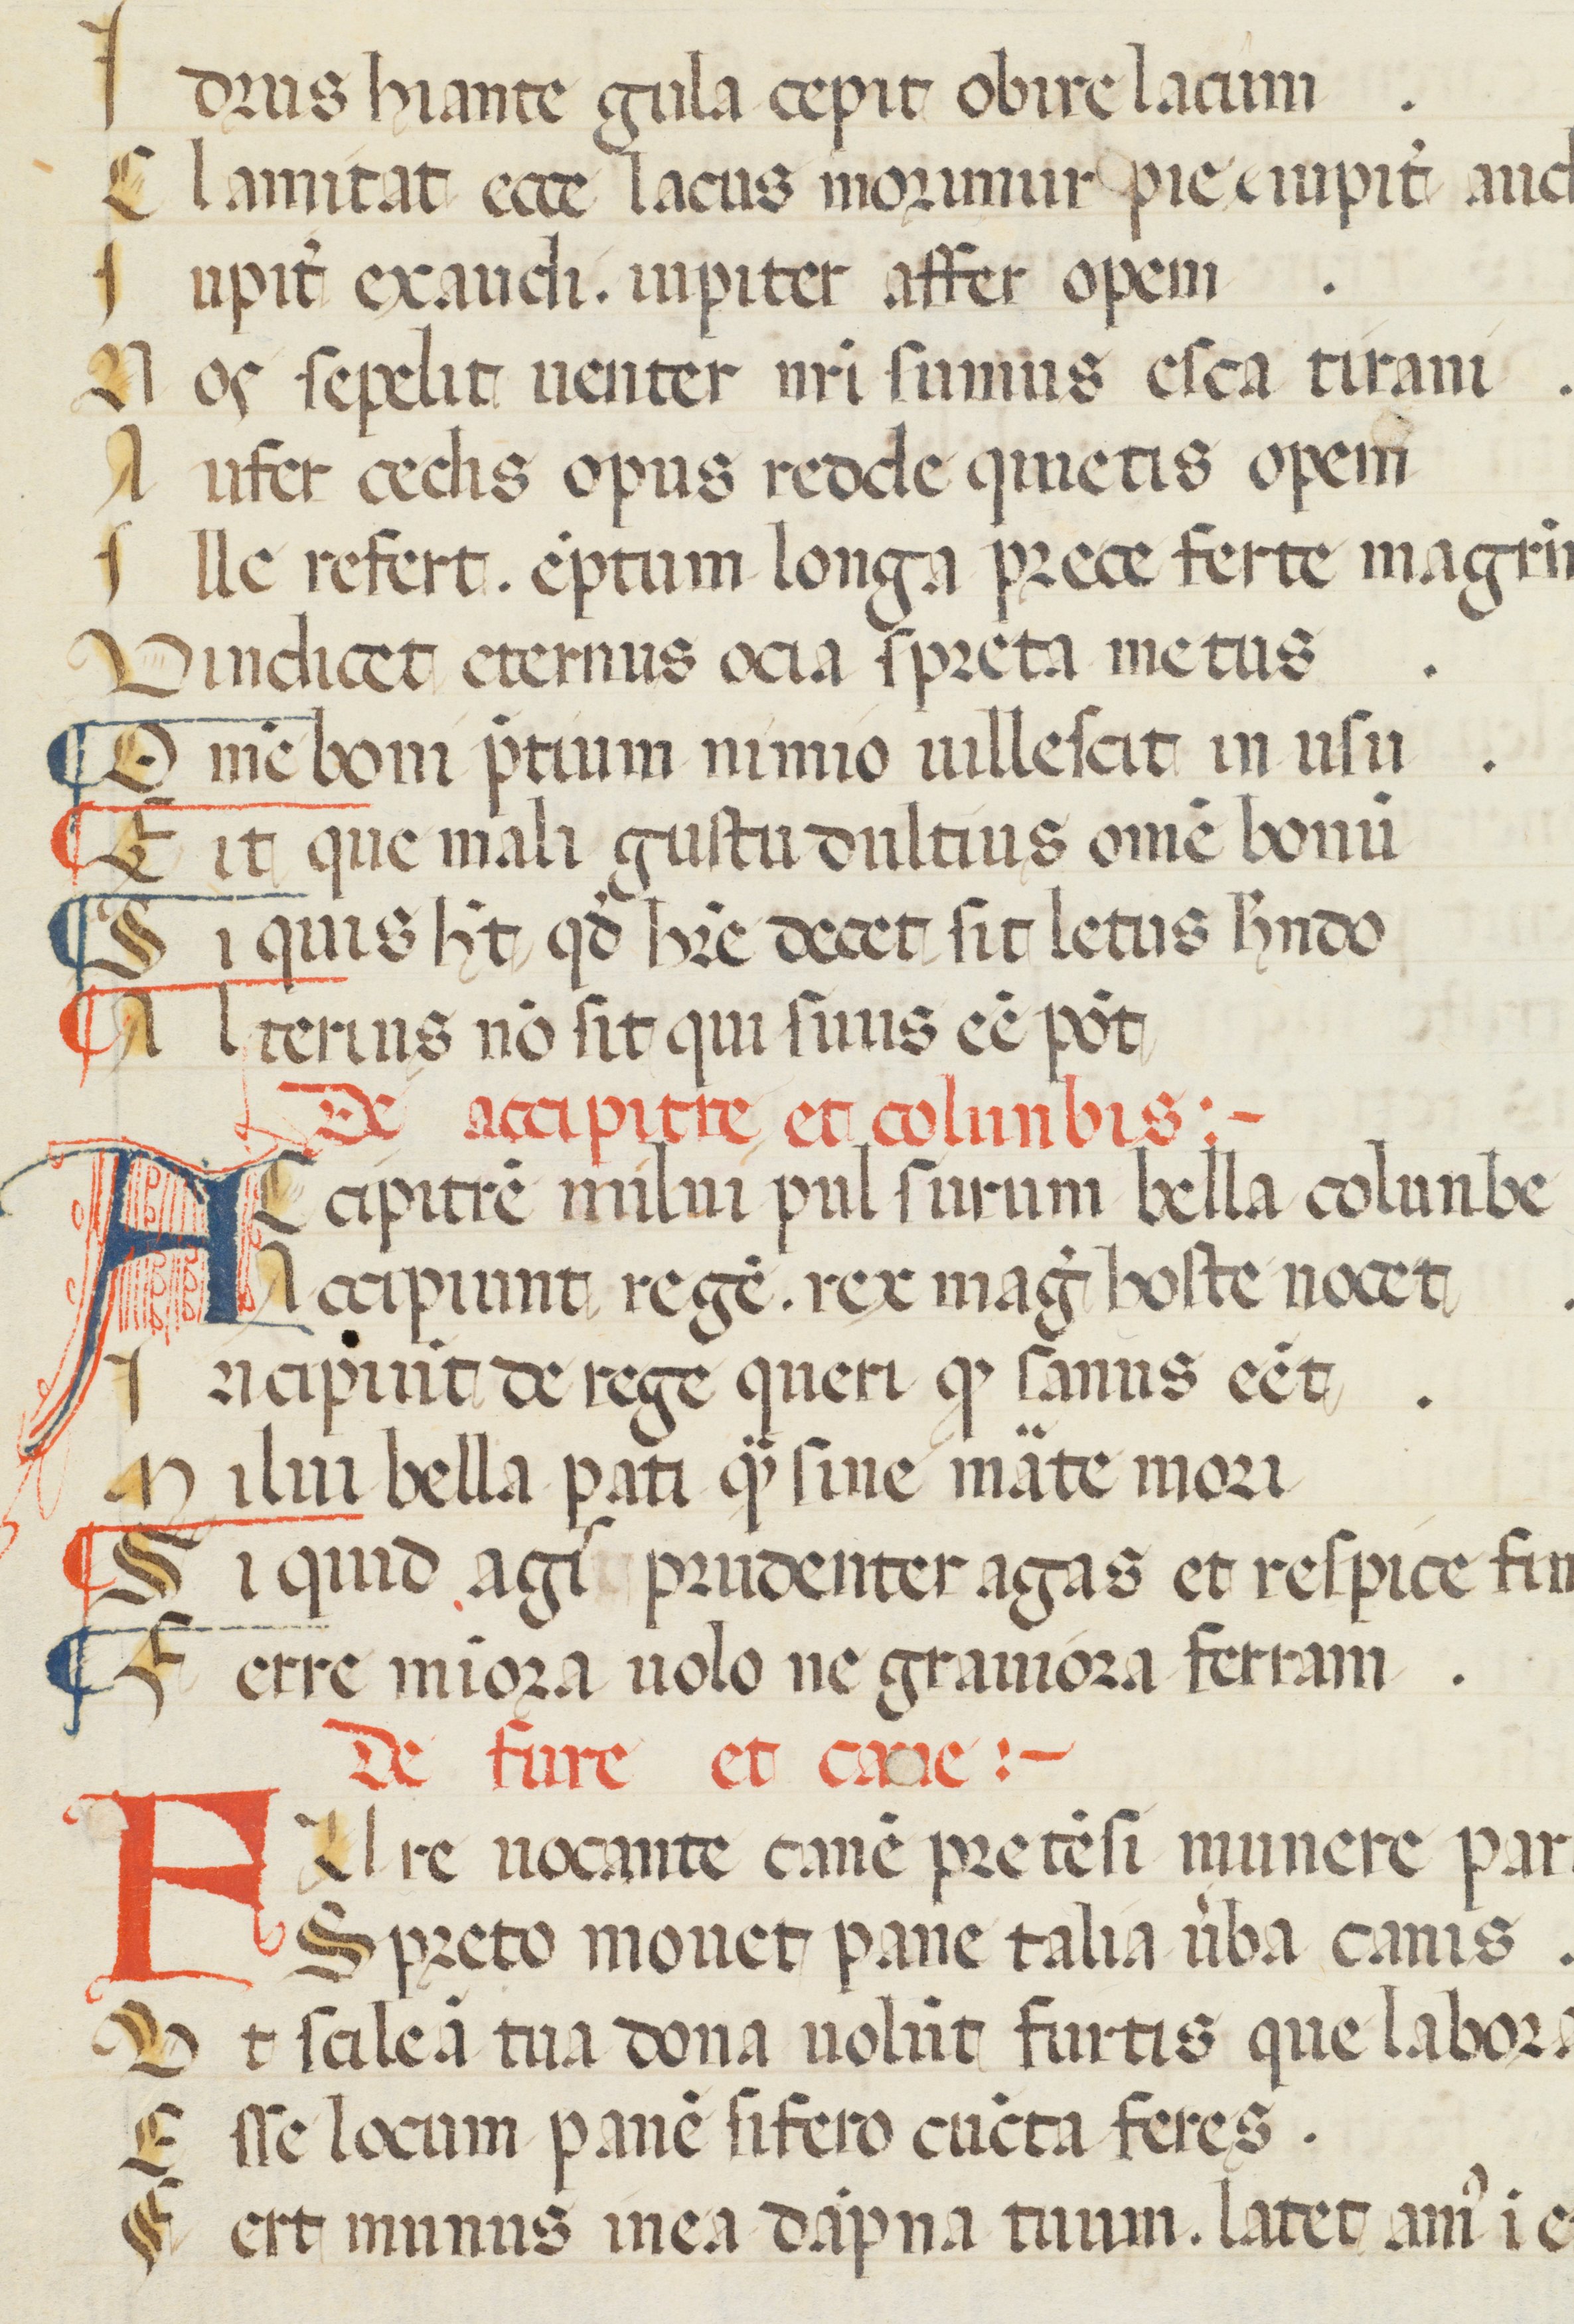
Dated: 1300–1399